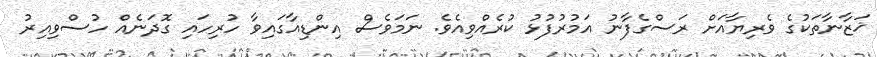
ޚަޒާނާތަކުގެ ވެރިޔާއަށް ރަސްގެފާނު އަމުރުފުޅު ކުރެއްވިއެވެ. ނަމަވެސް އިންޑިއާގައިވާ ހުރިހައި ގޮދަނެއް ހުސްވިއިރު